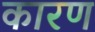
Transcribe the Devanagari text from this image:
कारण